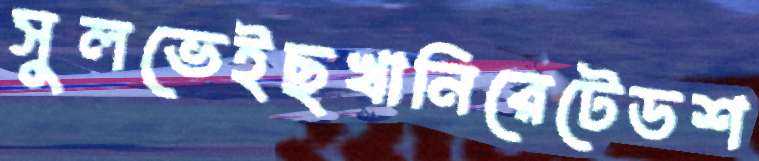
সুলভেইছখানিরেটেডশ